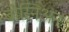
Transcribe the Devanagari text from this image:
बोस्निअन